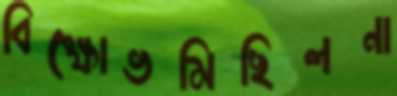
বিক্ষোভমিছিলনা